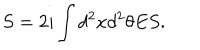
S = 2 i \int d ^ { 2 } x d ^ { 2 } \theta E S .